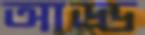
আড্ড